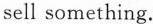
sell something.